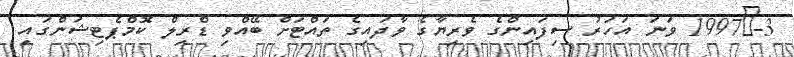
3-	1997 ވަނަ އަހަރު ސިފައިންގެ ވެރިޔާގެ ވާދައިގެ ތައްޓަށް ބޭއްވި ޑްރިލް ކޮމްޕެޓިޝަންގައި